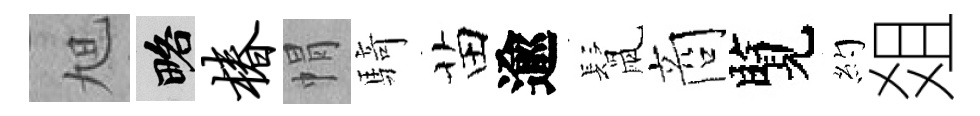
旭略椿㡌騎苗逾鬛商覽約爼